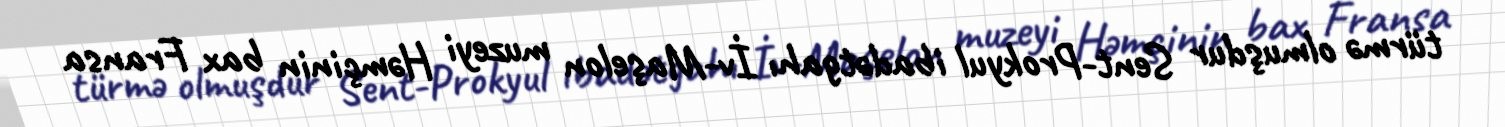
türmə olmuşdur Sent-Prokyul ibadətgahı İv-Maşelon muzeyi Həmçinin bax Fransa